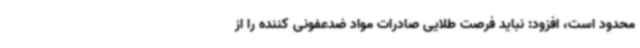
محدود است، افزود: نباید فرصت طلایی صادرات مواد ضدعفونی کننده را از